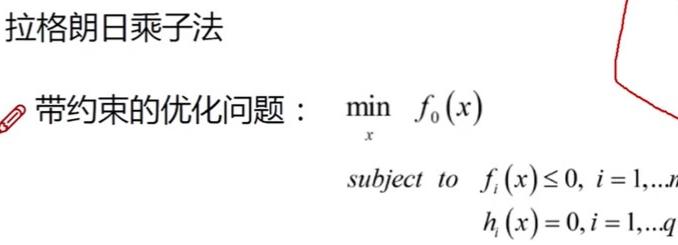
拉格朗日乘子法

带约束的优化问题：$\min_{x} f_{0}(x)$

subject to $f_{i}(x)\leq 0, i = 1,...,n$

$h_{i}(x)=0, i = 1,...,q$